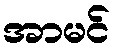
အာမင်